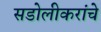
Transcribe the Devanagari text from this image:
सडोलीकरांचे